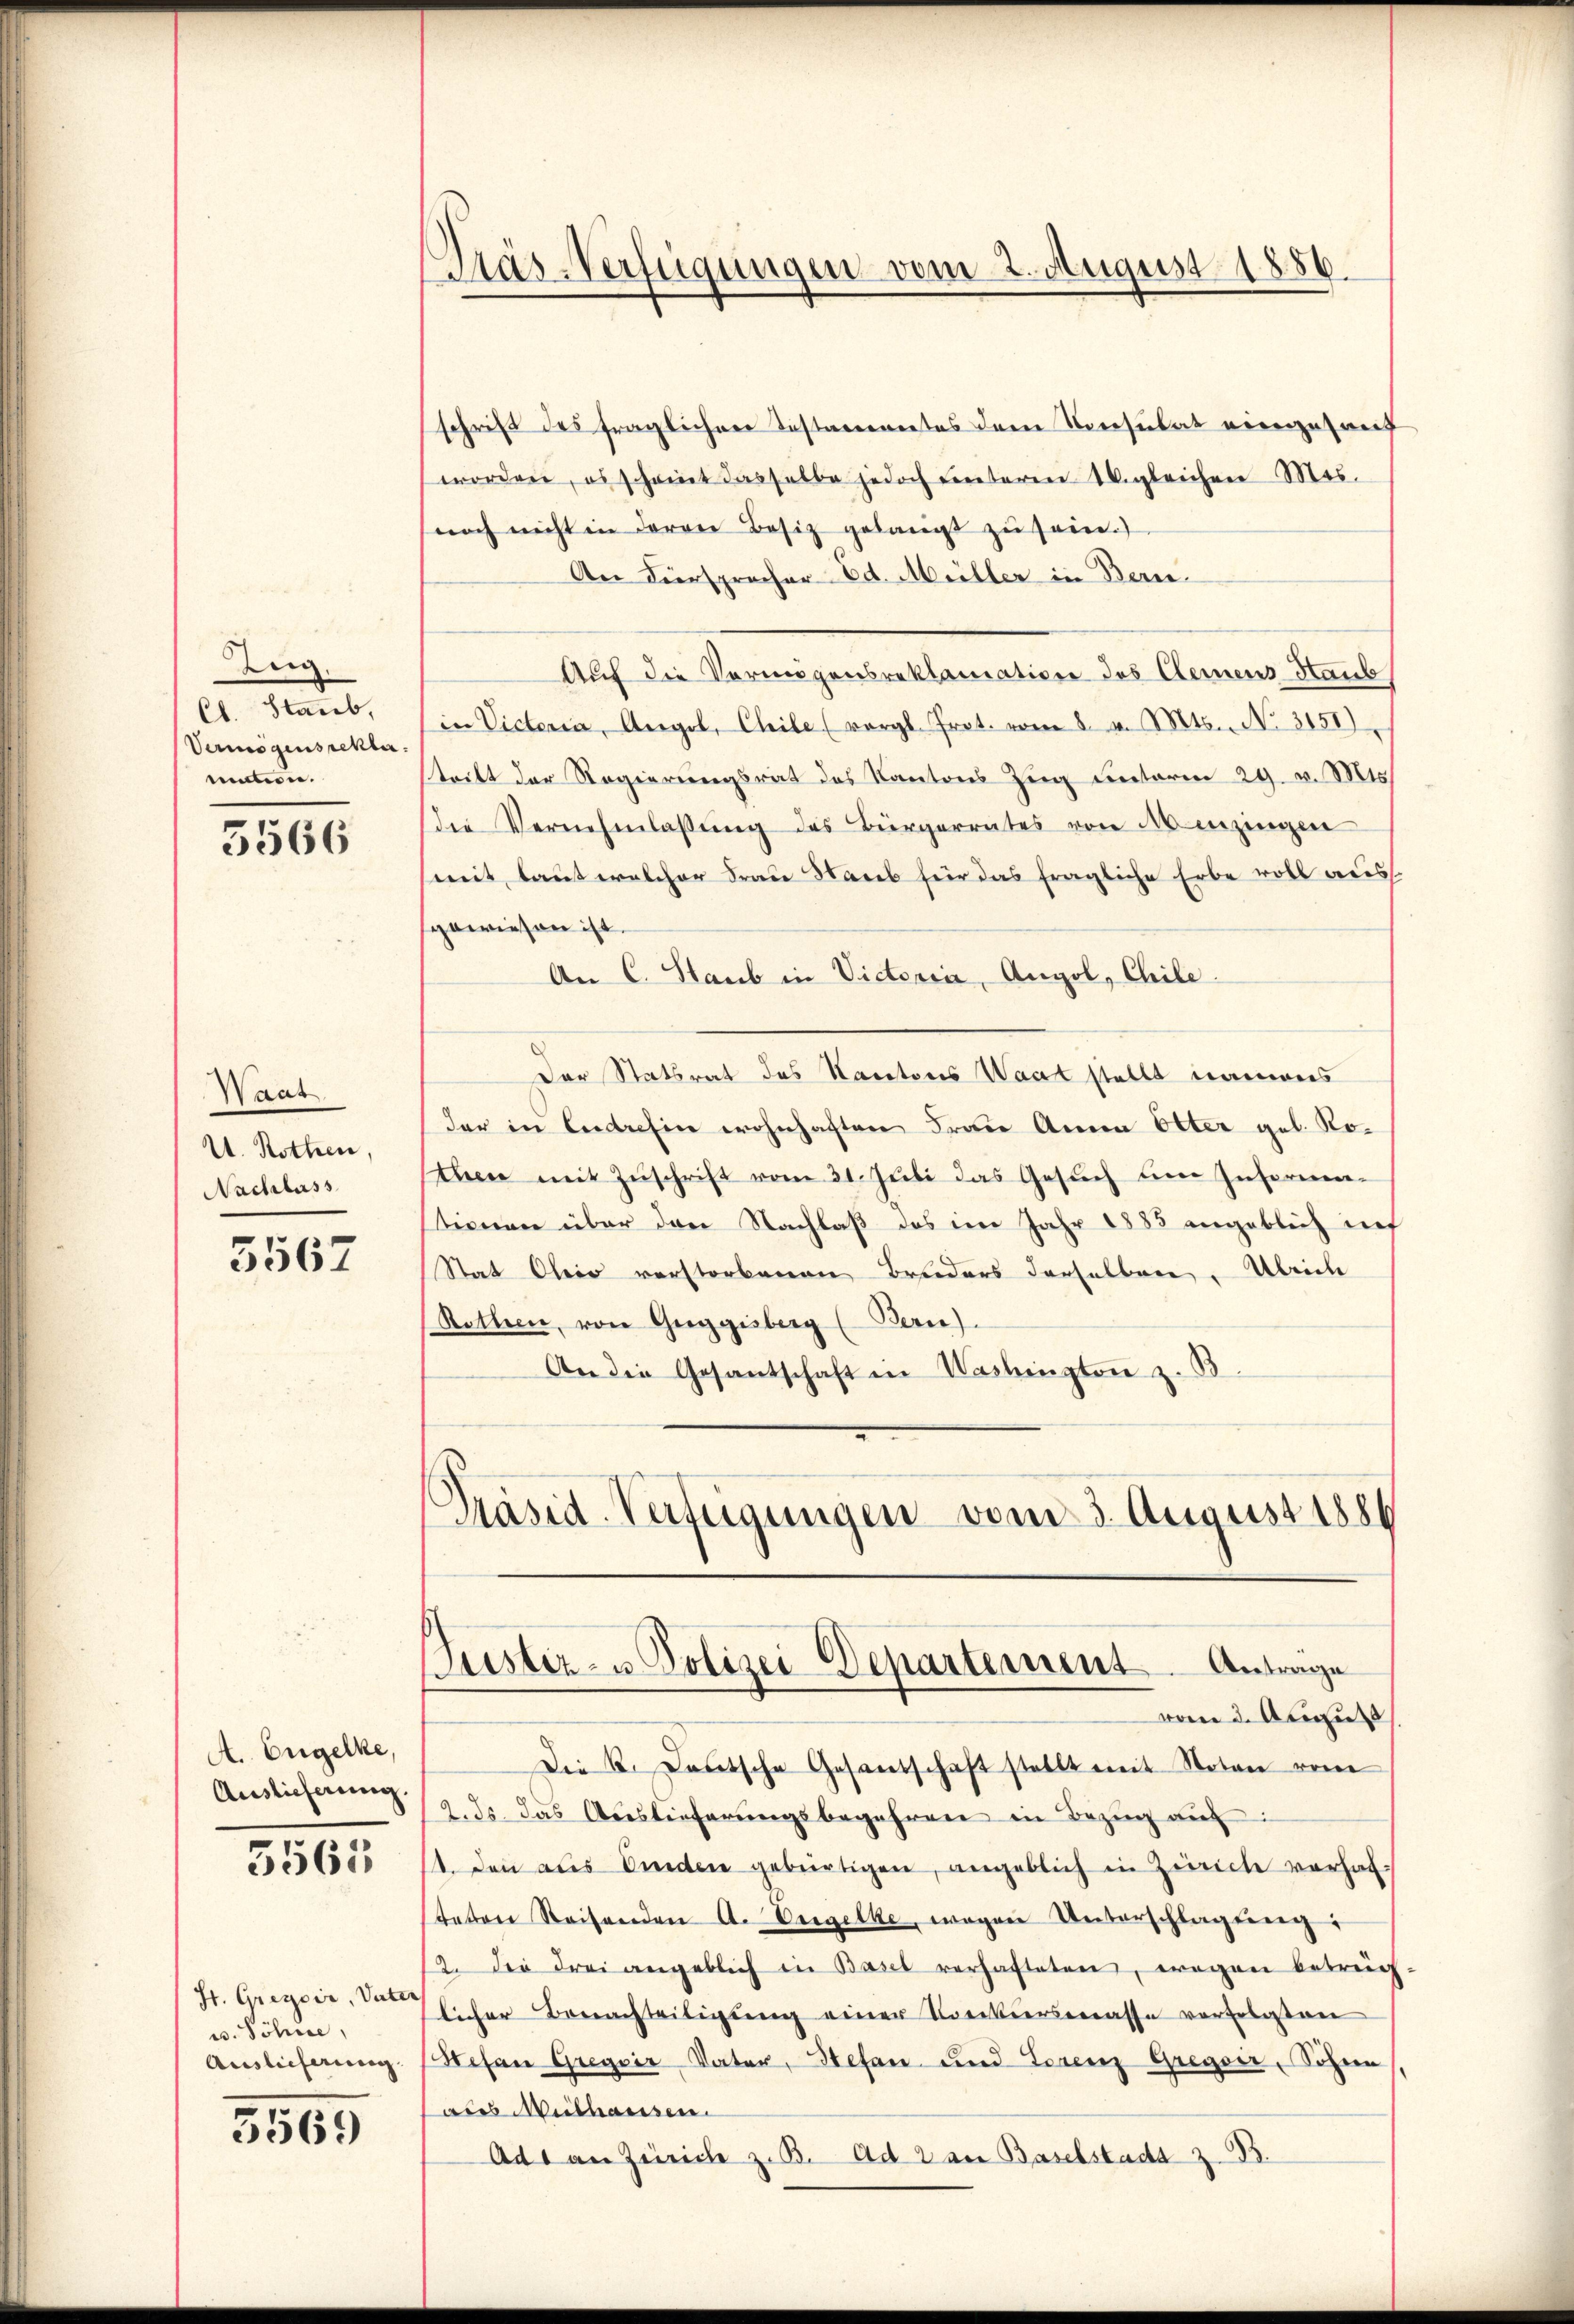
ten.
Ct. Staub
Vermögensrckter.
nation.

5566

Waat
U. Rothen,
Nachlass

5567

A. Engelke,
Auslieferung.

3565

St. Gregoir, Vater
u. Söhne,
Auslieferung

5569

Präs-Verfügungen vom 2. August 1886

schrift des fraglichen Testamentes dem Konsulat eingesanf
worden, es scheint dasselbe jedoch unteren Vogleichen Mos.
noch nicht in deren Besitz gelangt zu sein.
An Fürsprocher Ed. Müller in Bern.
Auf die Vermögensreklamation des Clemens Haub
in Victoria, Angel, Chile (vergl. Prot. vom 8. v. Mts. No. 3151)
tritt der Regierungsrat des Kantons Zug unterm 29. v. Mts.
die Vernehmlassŭng des Bürgerrates von Minzingen
mit, laut welcher Frau Staub für das fragliche Erbe voll aus
sgewiesen ist.
An C. Staub in Victoria, Angel, Chile.
Der Statsrat des Kantons Waat stellt namens
der in Andresen wohnhaften Frau Anna Elter geb. Rothen mit Zŭschrift vom 31. Juli das Gesŭch um Informa-
stimmen über den Nachlaß des im Jahr 1883 angeblich inf
Stat Obris verstorbenen Bruders derselben. Übriche
Rothen, von Greggisberg (Bern).
An die Gesantschaft in Washington z. B.
Präsid-Verfügungen vom 3. August 1884

Puster- u Polizei Departement. Antrage

vom 3. Augu
Die K. Deutsche Gesandschaft stellt mit Noten vom
2. ds. das Auslieferŭngsbegehren in Bezŭg aŭf
14. den aus Kinden gebürtigen, angeblich in Zürich verhal-
teten Reisenden A. Engelbe, wegen Unterschlagung:
12. Die drei angeblich in Basel verhafteten, wegen betrüg
licher Beerachteiligŭng einer Vorkierserasse vorgelasten
Stefan Gregoir Vater, Hefan und Torenz Gregoir, Söhne
aus Mithausen.
Ad 1 an Zürich z. B. Ad 2 an Baselstadt z. B.